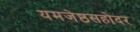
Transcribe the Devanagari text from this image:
यमजेष्ठसहोदर